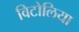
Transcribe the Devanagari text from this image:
विटोलिया